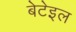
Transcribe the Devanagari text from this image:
बेटेइल